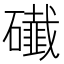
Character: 䃱